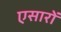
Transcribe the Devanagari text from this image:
एसारों